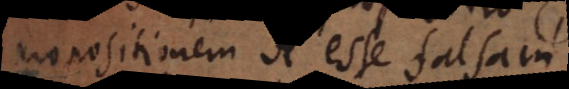
propositionem A esse falsam.